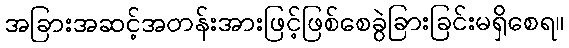
အခြားအဆင့်အတန်းအားဖြင့်ဖြစ်စေခွဲခြားခြင်းမရှိစေရ။